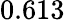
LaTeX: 0.613